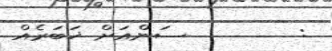
:        ސަންއަށް ޚަބަރެއް